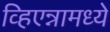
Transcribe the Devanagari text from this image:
व्हिएन्नामध्ये